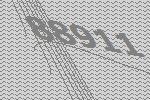
88911